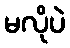
မလိုပဲ